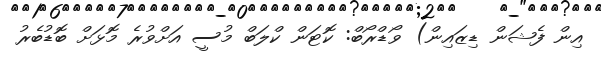
އިން ފެޝަން ޑިޒައިން) ވޯޑްރޯބް: ކޮޓަން ކްލަބް މުސީ އަށްވުރެ މޮޅަށް ބޮޑުބެރު